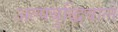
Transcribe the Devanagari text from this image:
अल्पबुद्धिवाले